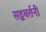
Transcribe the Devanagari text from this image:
सद्ववर्तनी